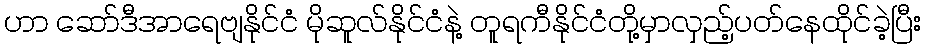
ဟာ ဆော်ဒီအာရေဗျနိုင်ငံ မိုဆူလ်နိုင်ငံနဲ့ တူရကီနိုင်ငံတို့မှာလှည့်ပတ်နေထိုင်ခဲ့ပြီး